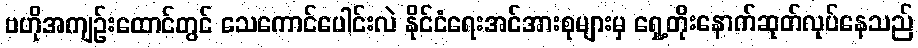
ဗဟိုအကျဉ်းထောင်တွင် သေကောင်ပေါင်းလဲ နိုင်ငံရေးအင်အားစုများမှ ရှေ့တိုးနောက်ဆုတ်လုပ်နေသည်